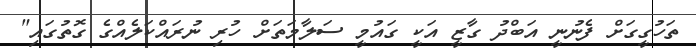
ތަހުގީގަށް ފެނުނީ އަބްދު ގާޒީ އަކީ ގައުމީ ސަލާމަތަށް ހުރި ނުރައްކަލެއްގެ ގޮތުގައި"